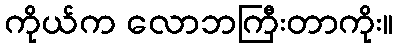
ကိုယ်က လောဘကြီးတာကိုး။